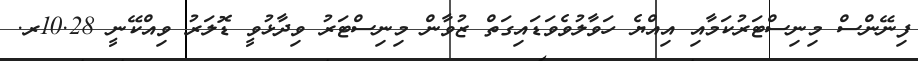
ފިނޭންސް މިނިސްޓަރުކަމާއި އިއްޔެ ހަވާލުވެވަޑައިގަތް ޒުވާން މިނިސްޓަރު ވިދާޅުވީ ޑޮލަރު ވިއްކޭނީ 10.28ރ.